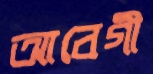
আবেগী